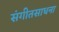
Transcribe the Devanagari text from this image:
संगीतसाधना